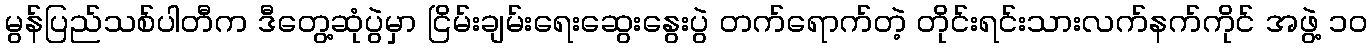
မွန်ပြည်သစ်ပါတီက ဒီတွေ့ဆုံပွဲမှာ ငြိမ်းချမ်းရေးဆွေးနွေးပွဲ တက်ရောက်တဲ့ တိုင်းရင်းသားလက်နက်ကိုင် အဖွဲ့ ၁၀